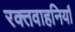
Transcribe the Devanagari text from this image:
रक्तवाहनियाँ